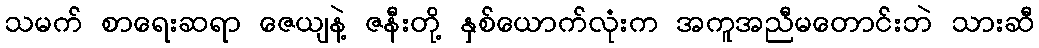
သမက် စာရေးဆရာ ဇေယျနဲ့ ဇနီးတို့ နှစ်ယောက်လုံးက အကူအညီမတောင်းဘဲ သားဆီ